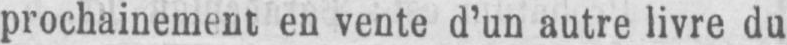
prochainement en vente d’un autre livre du